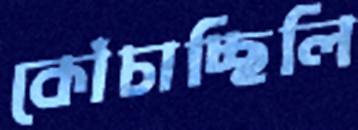
কোঁচাচ্ছিলি